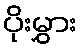
ပိုးမွှား